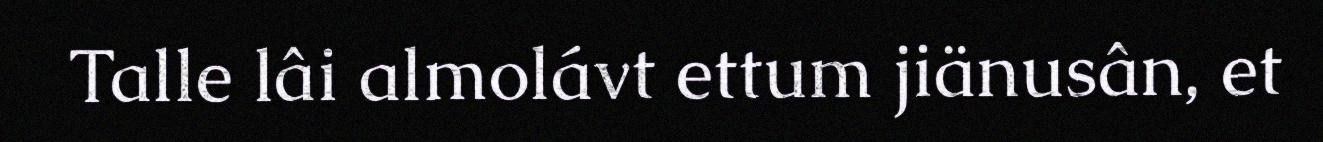
Talle lâi almolávt ettum jiänusân, et